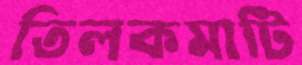
তিলকমাটি